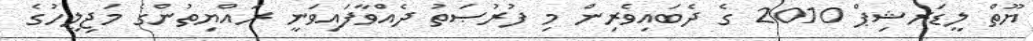
ޔޫތް ލީޑަރޝިޕް 2010 ގެ ދެބައިވެރިން މި ފުރުޞަތު ދެއްވާފައިވަނީ ރައްޔިތުންގެ މަޖިލީހުގެ